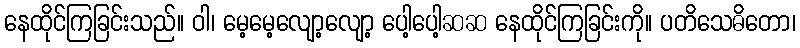
နေထိုင်ကြခြင်းသည်။ ဝါ၊ မေ့မေ့လျော့လျော့ ပေါ့ပေါ့ဆဆ နေထိုင်ကြခြင်းကို။ ပတိသေဓိတော၊